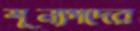
শূন্যপদের